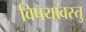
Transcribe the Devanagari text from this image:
विषयावस्तु